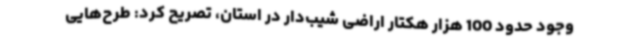
وجود حدود 100 هزار هکتار اراضی شیب‌دار در استان، تصریح کرد: طرح‌هایی